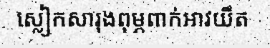
ស្លៀកសារុងពុម្ភពាក់អាវយឹត